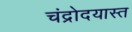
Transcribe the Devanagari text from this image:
चंद्रोदयास्त